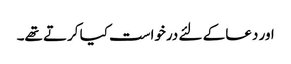
اور دعا کے لئے درخواست کیا کرتے تھے۔